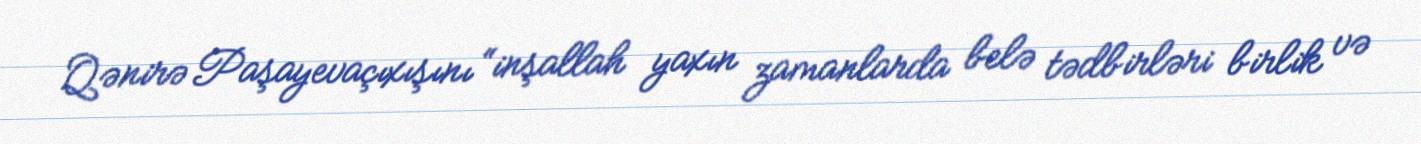
Qənirə Paşayevaçıxışını “inşallah yaxın zamanlarda belə tədbirləri birlik və